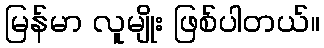
မြန်မာ လူမျိုး ဖြစ်ပါတယ်။